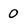
Character: 0